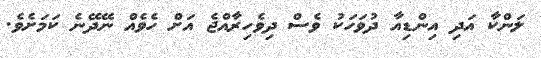
ލަންކާ އަދި އިންޑިއާ ދުވަހަކު ވެސް ދިވެހިރާއްޖެ އަށް ހެވެއް ނޭދޭނެ ކަމަށެވެ.